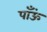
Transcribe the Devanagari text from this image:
पाँऊं